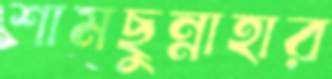
শামছুন্নাহার